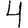
Digit: 4